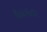
ઉઠાવતા